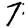
Digit: 7